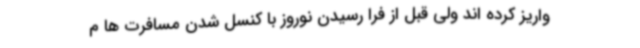
واریز کرده اند ولی قبل از فرا رسیدن نوروز با کنسل شدن مسافرت ها م